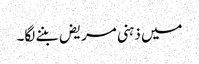
میں ذہنی مریض بننے لگا۔